Annual administration and progress report of the Indian Medical Department, Bombay
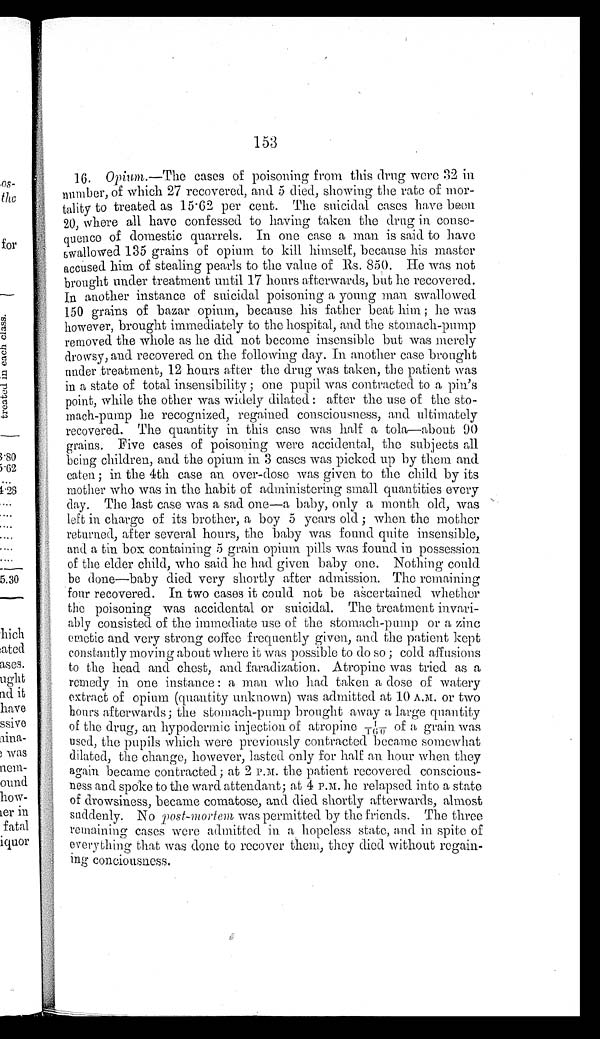
153
16. Opium .—The cases of poisoning from this drug were 32 in
number, of which 27 recovered, and 5 died, showing the rate of mor-
tality to treated as 15.62 per cent. The suicidal cases have been
20, where all have confessed to having taken the drug in conse-
quence of domestic quarrels. In one case a man is said to have
swallowed 135 grains of opium to kill himself, because his master
accused him of stealing pearls to the value of Rs. 850. He was not
brought under treatment until 17 hours afterwards, but he recovered.
In another instance of suicidal poisoning a young man swallowed
150 grains of bazar opium, because his father beat him ; he was
however, brought immediately to the hospital, and the stomach-pump
removed the whole as he did not become insensible but was merely
drowsy, and recovered on the following day. In another case brought
under treatment, 12 hours after the drug was taken, the patient was
in a state of total insensibility ; one pupil was contracted to a pin's
point, while the other was widely dilated : after the use of the sto-
mach-pump he recognized, regained consciousness, and ultimately
recovered. The quantity in this case was half a tola—about 90
grains. Five cases of poisoning were accidental, the subjects all
being children, and the opium in 3 cases was picked up by them and
eaten ; in the 4th case an over-dose was given to the child by its
mother who was in the habit of administering small quantities every
day. The last case was a sad. one—a baby, only a month old, was
left in charge of its brother, a boy 5 years old ; when the mother
returned, after several hours, the baby was found quite insensible,
and a tin box containing 5 grain opium pills was found in possession
of the elder child, who said he had given baby one. Nothing could
be done—baby died very shortly after admission. The remaining
four recovered. In two cases it could not be ascertained whether
the poisoning was accidental or suicidal. The treatment invari-
ably consisted of the immediate use of the stomach-pump or a zinc
emetic and very strong coffee frequently given, and the patient kept
constantly moving about where it was possible to do so ; cold affusions
to the head and chest, and faradization. Atropine was tried as a
remedy in one instance : a man who had taken a dose of watery
extract of opium (quantity unknown) was admitted at 10 A.M. or two
hours afterwards; the stomach-pump brought away a large quantity
of the drug, an hypodermic injection of atropine 1/160 of a grain was
used, the pupils which were previously contracted became somewhat
dilated, the change, however, lasted only for half an hour when they
again became contracted; at 2 P.M. the patient recovered conscious-
ness and spoke to the ward attendant; at 4 P.M. he relapsed into a state
of drowsiness, became comatose, and died shortly afterwards, almost
suddenly. No post-mortem was permitted by the friends. The three
remaining cases were admitted in a hopeless state, and in spite of
everything that was done to recover them, they died without regain-
ing conciousness.